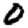
Digit: 0